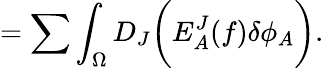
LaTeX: =\sum\int_{\Omega}D_{J}\biggl(E_{A}^{J}(f)\delta\phi_{A}\biggr).